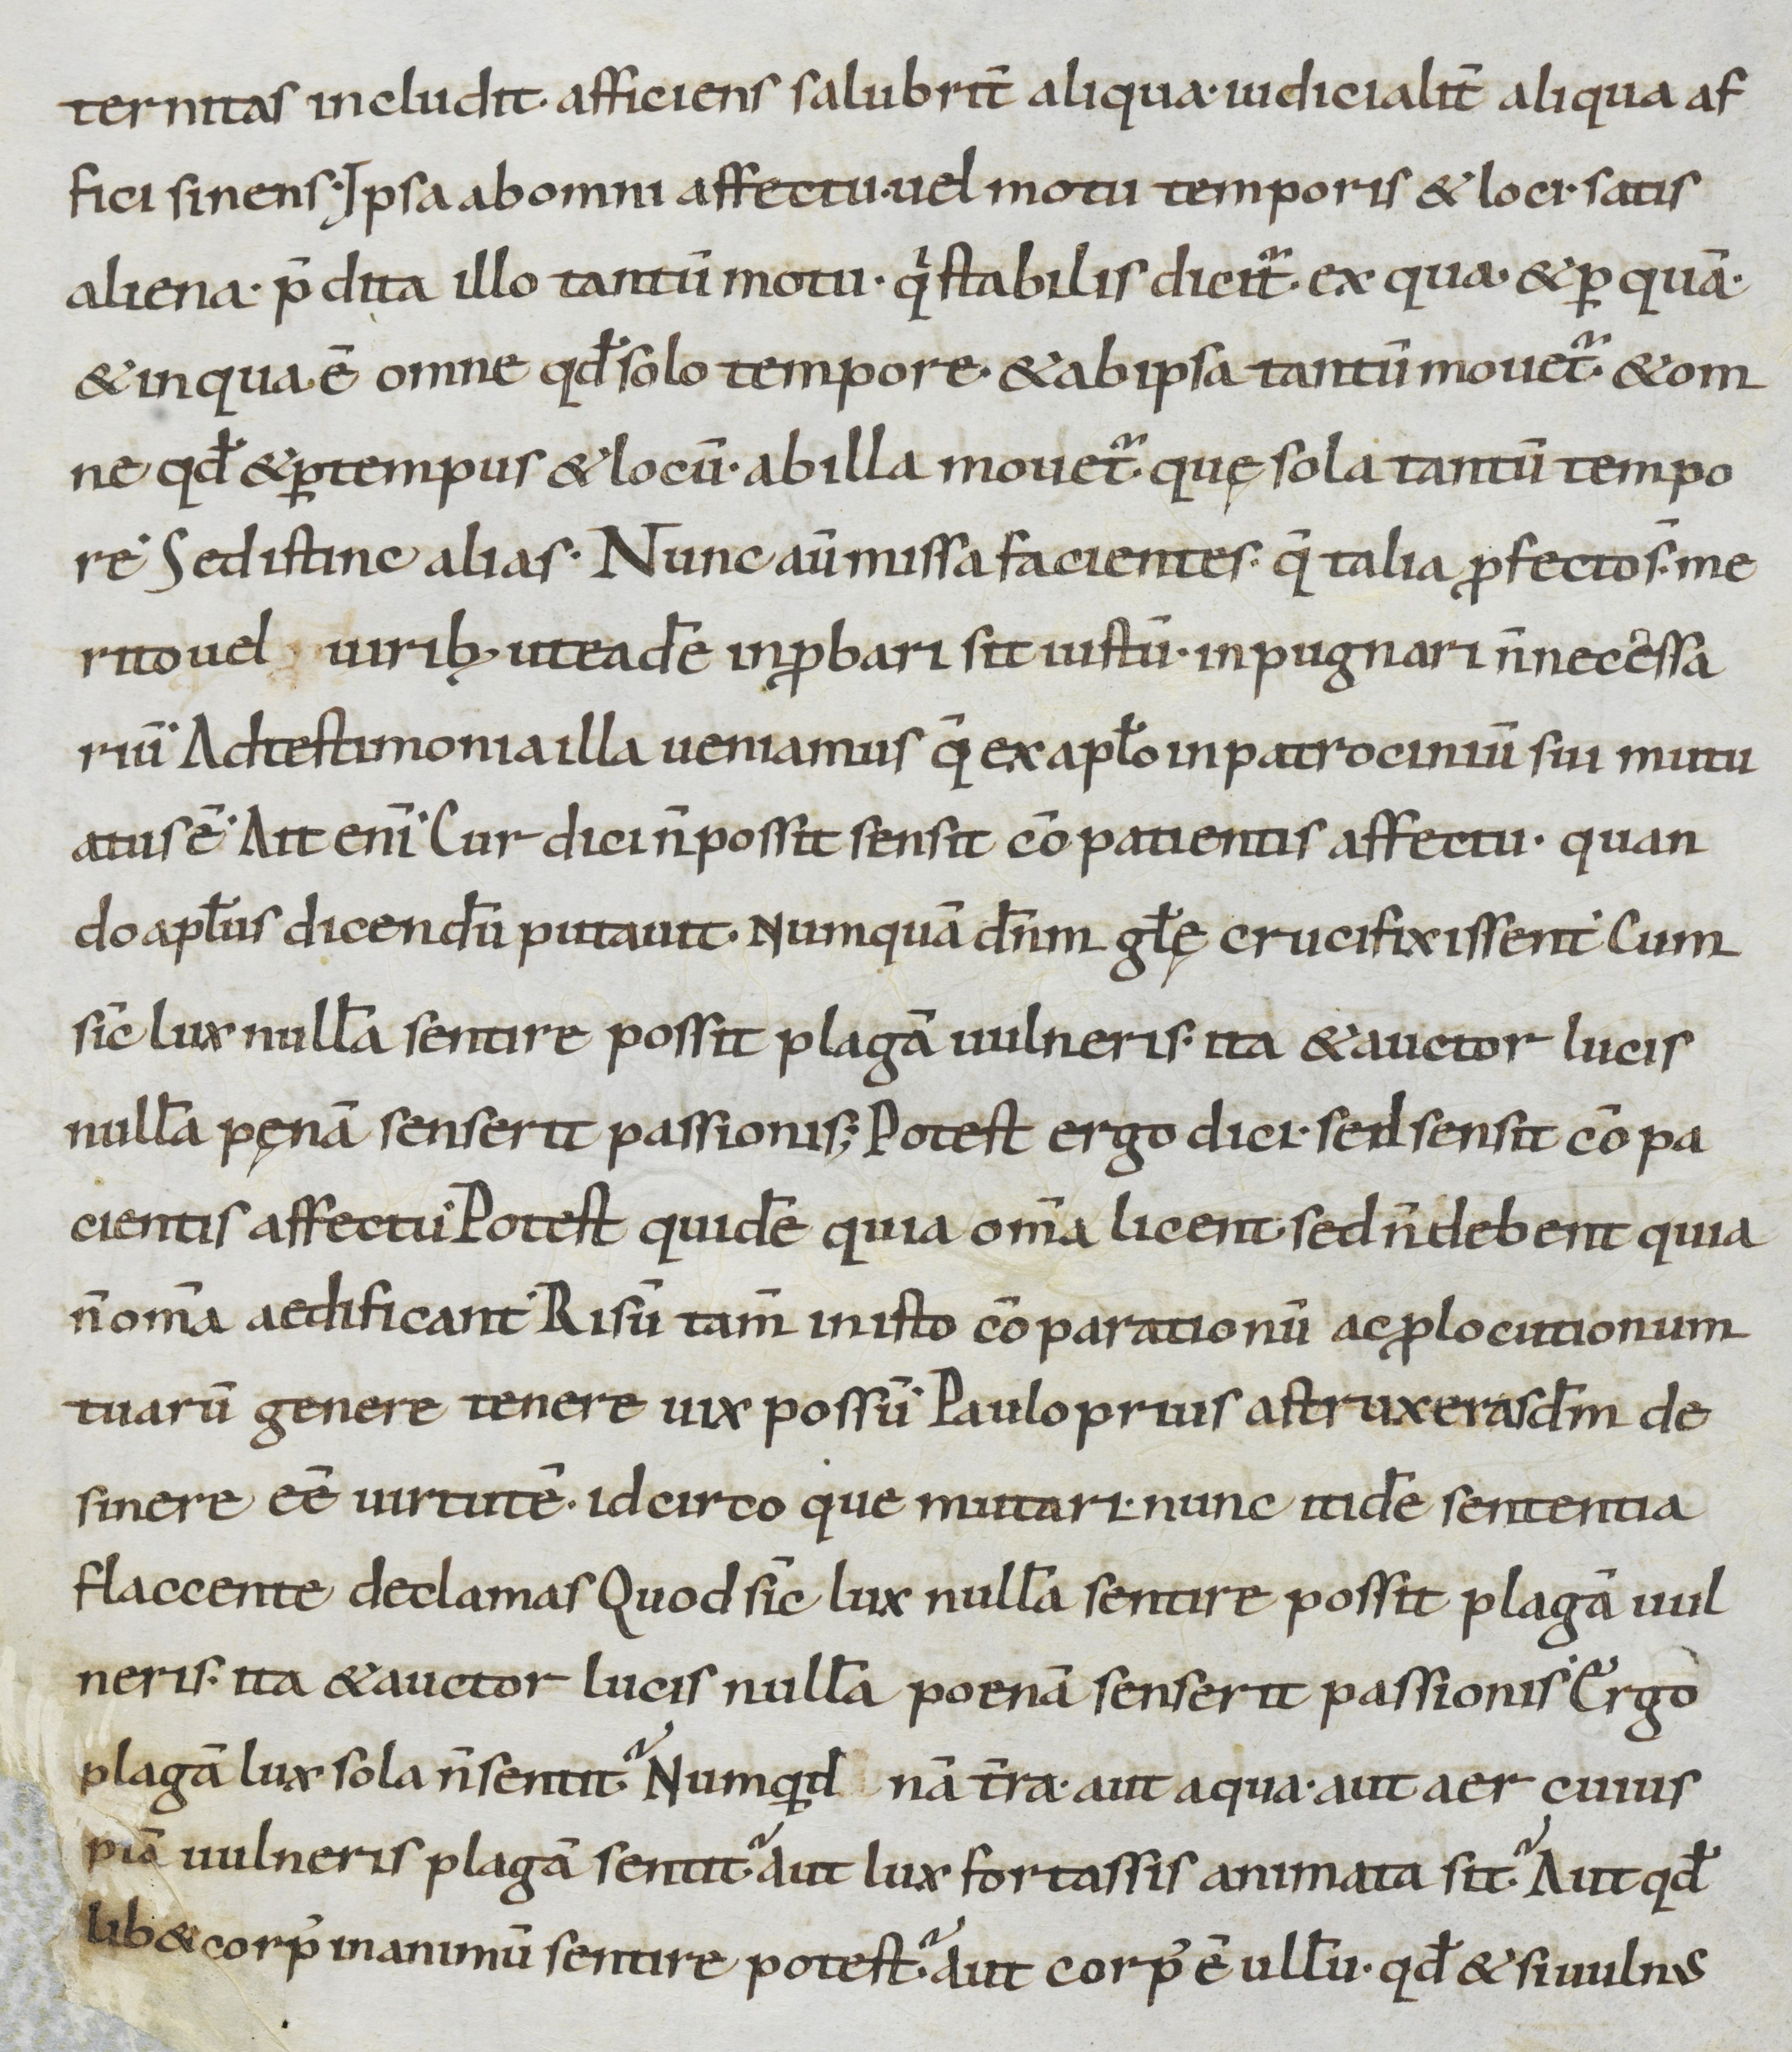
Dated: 900–999